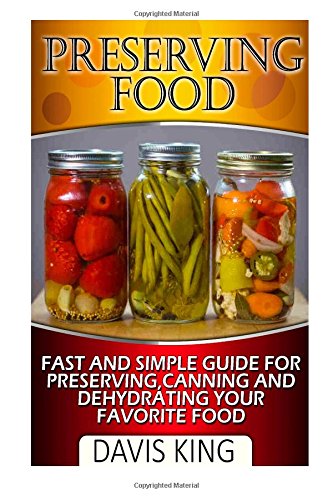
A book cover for Preserving Food: Fast and Simple Guide For Preserving, Canning and Dehydrating Your Favorite Food (Preserving Food, preserving food without freezing or canning, Survival Pantry); Davis King; Cookbooks, Food & Wine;